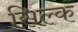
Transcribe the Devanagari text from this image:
सिल्‍क